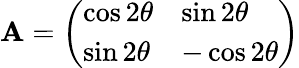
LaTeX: \mathbf{A}={\left(\begin{array}{ll}{\cos{2\theta}}&{\sin{2\theta}}\\ {\sin{2\theta}}&{-\cos{2\theta}}\end{array}\right)}